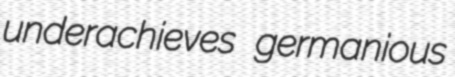
underachieves germanious